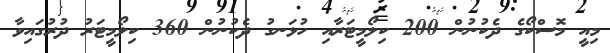
މިއީ މޮސްކޯގެ ދެކުނުން 200 ކިލޯމީޓަރާއި ހުޅަނގު ދެކުނުން 360 ކިލޯމީޓަރު ދުރުގައިވާ